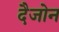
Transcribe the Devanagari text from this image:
दैजोन